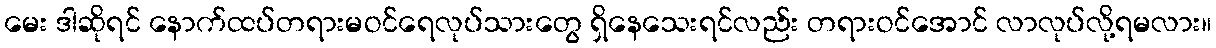
မေး ဒါဆိုရင် နောက်ထပ်တရားမဝင်ရေလုပ်သားတွေ ရှိနေသေးရင်လည်း တရားဝင်အောင် လာလုပ်လို့ရမလား။